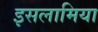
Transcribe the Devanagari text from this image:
इसलामिया